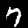
Label: 7